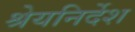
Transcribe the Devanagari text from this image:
श्रेयनिर्देश